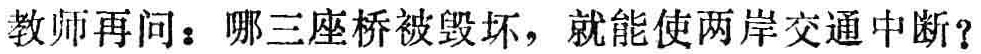
教师再问：哪三座桥被毁坏，就能使两岸交通中断？